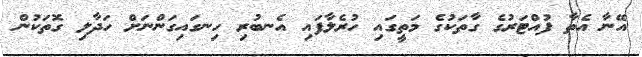
އޭނާ އެތާ ފުއްޓަރުގެ ގާތަކުގެ މަތީގައި ހުރެލާފައި އެނބުރި ހިނގައިގަންނަށް ހަދާލި ގޮތަކުން